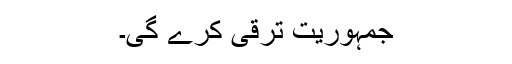
جمہوریت ترقی کرے گی۔